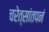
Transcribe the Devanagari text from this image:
चरेत्सांतपनं